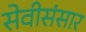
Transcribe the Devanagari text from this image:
सेवीसंसार